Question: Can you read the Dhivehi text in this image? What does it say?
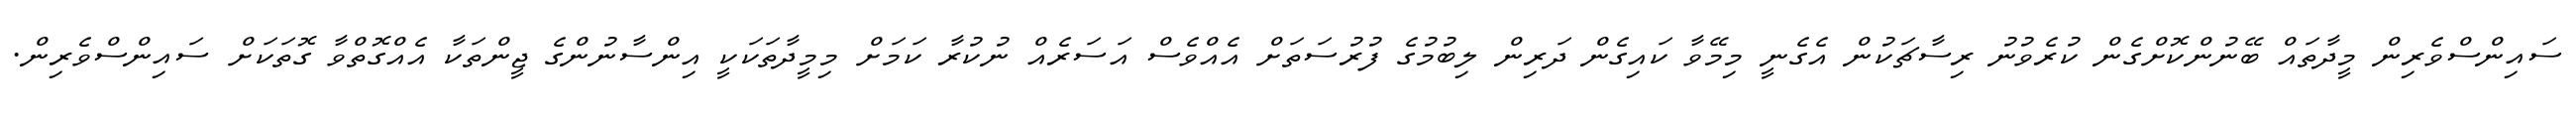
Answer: ސައިންސްވެރިން މީދާތައް ބޭނުންކޮށްގެން ކުރެވުނު ރިސާޗަކުން އެގެނީ މިމޭވާ ކައިގެން ދަރިން ލިބުމުގެ ފުރުސަތަށް އެއްވެސް އަސަރެއް ނުކުރާ ކަމަށް މިމީދާތަކަކީ އިންސާނުންގެ ޖީންތަކާ އެއްގޮތްވާ ގޮތަކަށް ސައިންސްވެރިން.